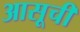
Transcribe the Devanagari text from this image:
आसूची